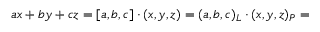
a x + b y + c z = [ a , b , c ] \cdot ( x , y , z ) = ( a , b , c ) _ { L } \cdot ( x , y , z ) _ { P } =